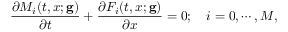
\frac { \partial M _ { i } ( t , x ; \mathbf { g } ) } { \partial t } + \frac { \partial F _ { i } ( t , x ; \mathbf { g } ) } { \partial x } = 0 ; \quad i = 0 , \cdots , M ,